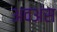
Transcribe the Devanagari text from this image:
अवअंस